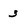
Character: 3